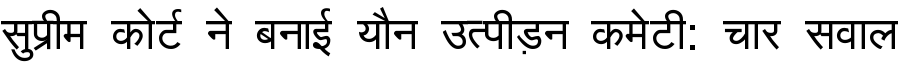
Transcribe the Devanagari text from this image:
सुप्रीम कोर्ट ने बनाई यौन उत्पीड़न कमेटी: चार सवाल